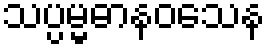
သပ္ပမ္မဓာနဝသေန